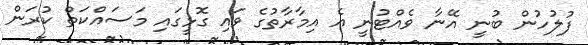
ފުލުހުން ބުނީ އޭނާ ވެއްޓުނީ އެ އިމާރާތުގެ ވައި ގޮޅީގައި މަސައްކަތް ކުރަން